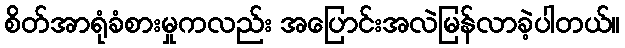
စိတ်အာရုံခံစားမှုကလည်း အပြောင်းအလဲမြန်လာခဲ့ပါတယ်။